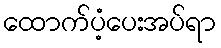
ထောက်ပံ့ပေးအပ်ရာ